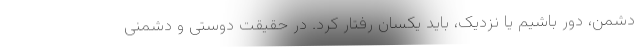
دشمن، دور باشیم یا نزدیک، باید یکسان رفتار کرد. در حقیقت دوستی و دشمنی